Problem: 10 × 10 = ?
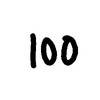
Handwritten answer: 100